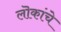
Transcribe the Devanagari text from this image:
लॊकांचे